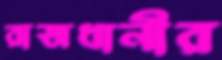
রাজধানীর